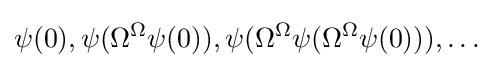
\psi (0),\psi (\Omega ^{\Omega }\psi (0)),\psi (\Omega ^{\Omega }\psi (\Omega ^{\Omega }\psi (0))),\ldots